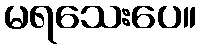
မရသေးပေ။